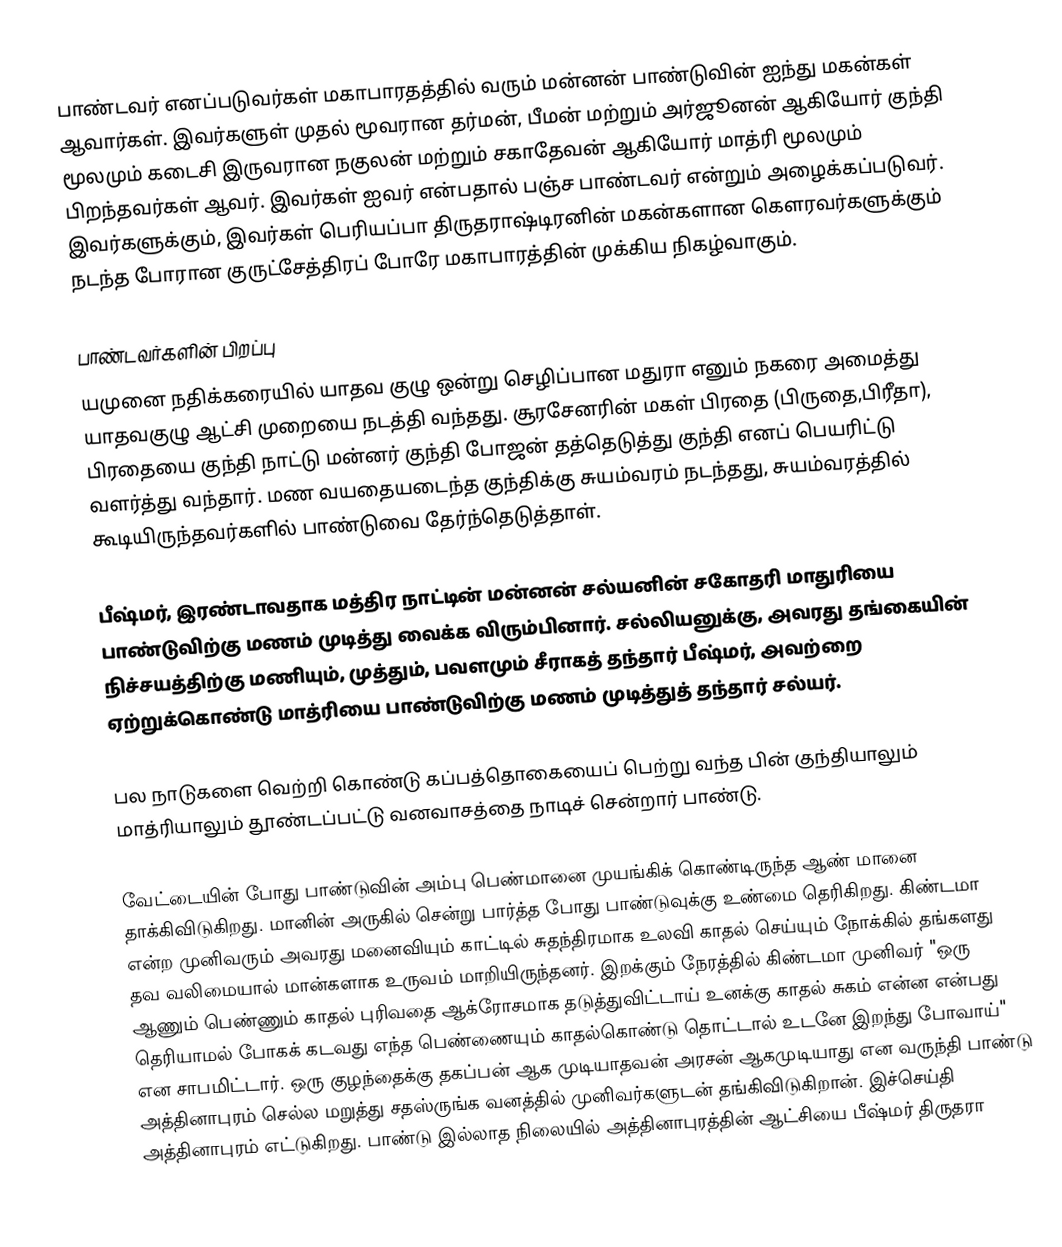
பாண்டவர் எனப்படுவர்கள் மகாபாரதத்தில் வரும் மன்னன் பாண்டுவின் ஐந்து மகன்கள் ஆவார்கள். இவர்களுள் முதல் மூவரான தர்மன், பீமன் மற்றும் அர்ஜூனன் ஆகியோர் குந்தி மூலமும் கடைசி இருவரான நகுலன் மற்றும் சகாதேவன் ஆகியோர் மாத்ரி மூலமும் பிறந்தவர்கள் ஆவர். இவர்கள் ஐவர் என்பதால் பஞ்ச பாண்டவர் என்றும் அழைக்கப்படுவர். இவர்களுக்கும், இவர்கள் பெரியப்பா திருதராஷ்டிரனின் மகன்களான கௌரவர்களுக்கும் நடந்த போரான குருட்சேத்திரப் போரே மகாபாரத்தின் முக்கிய நிகழ்வாகும்.

பாண்டவர்களின் பிறப்பு
யமுனை நதிக்கரையில் யாதவ குழு ஒன்று செழிப்பான மதுரா எனும் நகரை அமைத்து யாதவகுழு ஆட்சி முறையை நடத்தி வந்தது.  சூரசேனரின் மகள் பிரதை (பிருதை,பிரீதா), பிரதையை குந்தி நாட்டு மன்னர் குந்தி போஜன் தத்தெடுத்து குந்தி எனப் பெயரிட்டு வளர்த்து வந்தார். மண வயதையடைந்த குந்திக்கு சுயம்வரம் நடந்தது, சுயம்வரத்தில் கூடியிருந்தவர்களில் பாண்டுவை தேர்ந்தெடுத்தாள்.

பீஷ்மர், இரண்டாவதாக மத்திர நாட்டின் மன்னன் சல்யனின் சகோதரி மாதுரியை பாண்டுவிற்கு மணம் முடித்து வைக்க விரும்பினார். சல்லியனுக்கு, அவரது தங்கையின் நிச்சயத்திற்கு மணியும், முத்தும், பவளமும் சீராகத் தந்தார் பீஷ்மர், அவற்றை ஏற்றுக்கொண்டு மாத்ரியை பாண்டுவிற்கு மணம் முடித்துத் தந்தார் சல்யர்.

பல நாடுகளை வெற்றி கொண்டு கப்பத்தொகையைப் பெற்று வந்த பின் குந்தியாலும் மாத்ரியாலும் தூண்டப்பட்டு வனவாசத்தை நாடிச் சென்றார் பாண்டு.

வேட்டையின் போது பாண்டுவின் அம்பு பெண்மானை முயங்கிக் கொண்டிருந்த ஆண் மானை தாக்கிவிடுகிறது. மானின் அருகில் சென்று பார்த்த போது பாண்டுவுக்கு உண்மை தெரிகிறது. கிண்டமா என்ற முனிவரும் அவரது மனைவியும் காட்டில் சுதந்திரமாக உலவி காதல் செய்யும் நோக்கில் தங்களது தவ வலிமையால் மான்களாக உருவம் மாறியிருந்தனர். இறக்கும் நேரத்தில் கிண்டமா முனிவர் "ஒரு ஆணும் பெண்ணும் காதல் புரிவதை ஆக்ரோசமாக தடுத்துவிட்டாய் உனக்கு காதல் சுகம் என்ன என்பது தெரியாமல் போகக் கடவது எந்த பெண்ணையும் காதல்கொண்டு  தொட்டால் உடனே இறந்து போவாய்" என சாபமிட்டார். ஒரு குழந்தைக்கு தகப்பன் ஆக முடியாதவன் அரசன் ஆகமுடியாது என வருந்தி பாண்டு அத்தினாபுரம் செல்ல மறுத்து சதஸ்ருங்க வனத்தில் முனிவர்களுடன் தங்கிவிடுகிறான். இச்செய்தி அத்தினாபுரம் எட்டுகிறது. பாண்டு இல்லாத நிலையில் அத்தினாபுரத்தின் ஆட்சியை பீஷ்மர் திருதரா